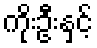
ကိုးဦးနှင့်